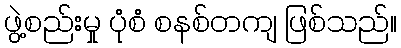
ဖွဲ့စည်းမှု ပုံစံ စနစ်တကျ ဖြစ်သည်။